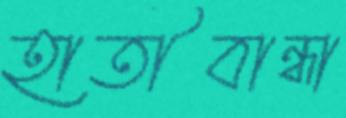
হাতীবান্ধা